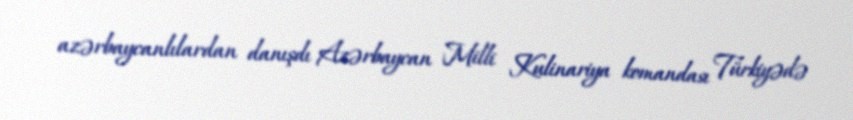
azərbaycanlılardan danışdı Azərbaycan Milli Kulinariya komandası Türkiyədə